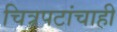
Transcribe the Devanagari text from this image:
चित्रपटांचाही